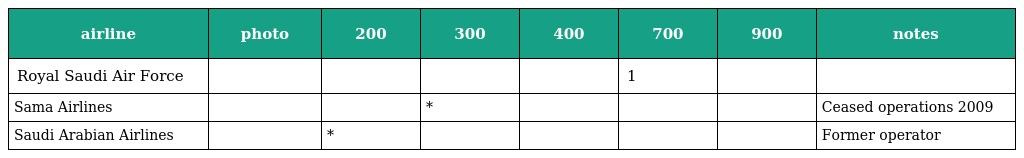
| airline | photo | 200 | 300 | 400 | 700 | 900 | notes |
 | --- | --- | --- | --- | --- | --- | --- | --- |
 | Royal Saudi Air Force |  |  |  |  | 1 |  |  |
 | Sama Airlines |  |  | * |  |  |  | Ceased operations 2009 |
 | Saudi Arabian Airlines |  | * |  |  |  |  | Former operator |